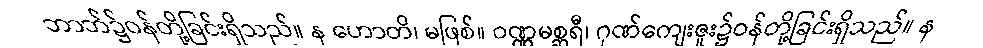
ဘာဘ်၌ဝန်တို့ခြင်းရှိသည်။ န ဟောတိ၊ မဖြစ်။ ဝဏ္ဏမစ္ဆရီ၊ ဂုဏ်ကျေးဇူး၌ဝန်တို့ခြင်းရှိသည်။ န